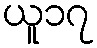
ယူ၁၇